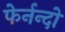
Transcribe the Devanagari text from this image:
फेर्नन्दो